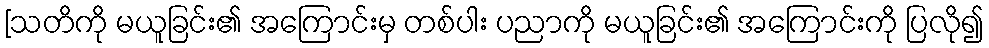
[သတိကို မယူခြင်း၏ အကြောင်းမှ တစ်ပါး ပညာကို မယူခြင်း၏ အကြောင်းကို ပြလို၍